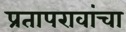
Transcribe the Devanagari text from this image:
प्रतापरावांचा